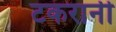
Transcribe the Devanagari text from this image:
टकरानी